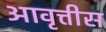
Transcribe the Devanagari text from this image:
आवृत्तीस